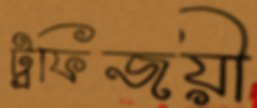
ট্রফিজয়ী